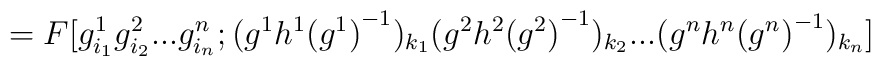
=F[g^1_{i_1}g^2_{i_2}...g^n_{i_n};(g^1h^1{(g^1)}^{-1})_{k_1}(g^2h^2{(g^2)}^{-1})_{k_2}...(g^nh^n{(g^n)}^{-1})_{k_n}]